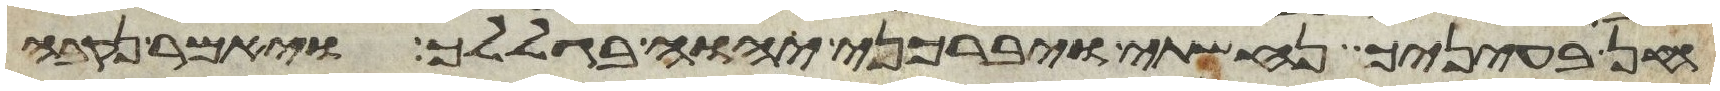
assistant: חן בעיניך נחשתי ויברכני יהוה בגללך ויאמר נקבה